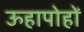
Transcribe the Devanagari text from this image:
ऊहापोहों